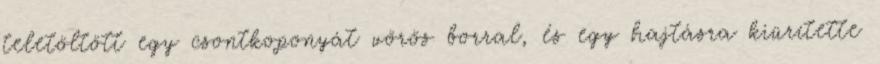
teletöltött egy csontkoponyát vörös borral, és egy hajtásra kiürítette